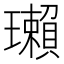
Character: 瓎